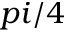
p i / 4